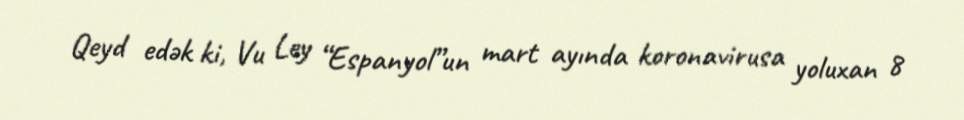
Qeyd edək ki, Vu Ley “Espanyol”un mart ayında koronavirusa yoluxan 8